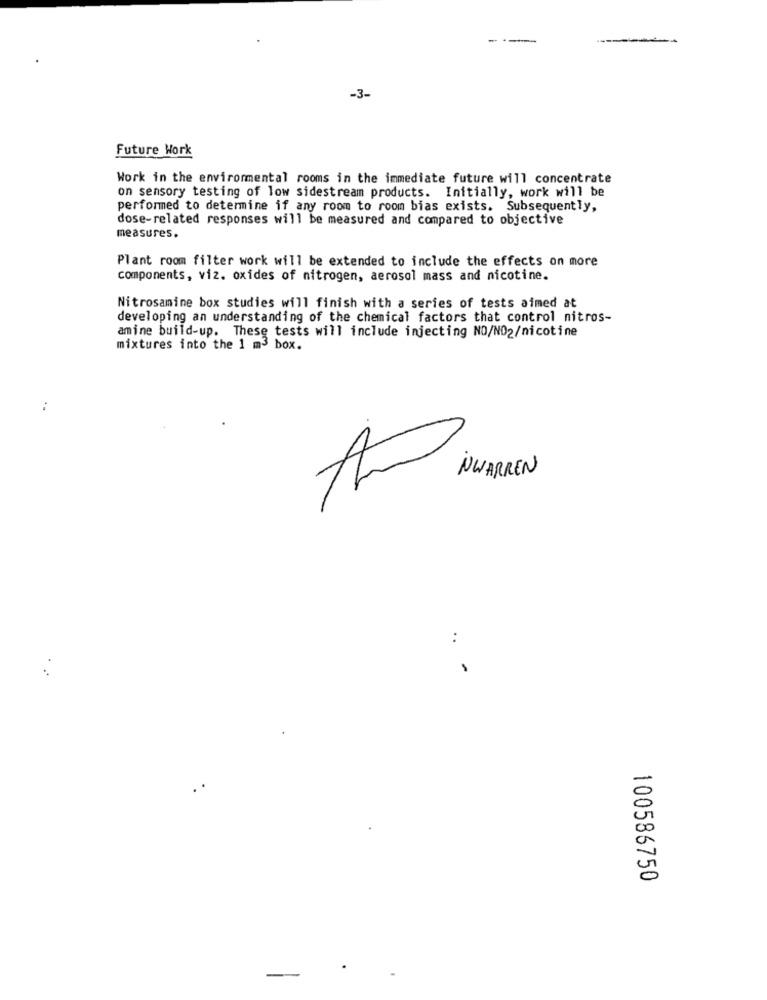
-3-
Future Work
Work in the environmental rooms in the immediate future will concentrate
on sensory testing of low sidestream products. Initially, work will be
performed to determine if any room to room bias exists. Subsequently,
dose-related responses will be measured and compared to objective
measures.
Plant room filter work will be extended to include the effects on more
components, viz. oxides of nitrogen, aerosol mass and nicotine.
Nitrosamine box studies will finish with a series of tests aimed at
developing an understanding of the chemical factors that control nitros-
amine build-up. These tests will include injecting NO/NO2/nicotine
mixtures into the 1 m3 box.
..
NWARREN
..
-
00
100586750
-